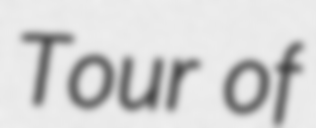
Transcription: Tour of